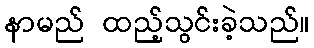
နာမည် ထည့်သွင်းခဲ့သည်။